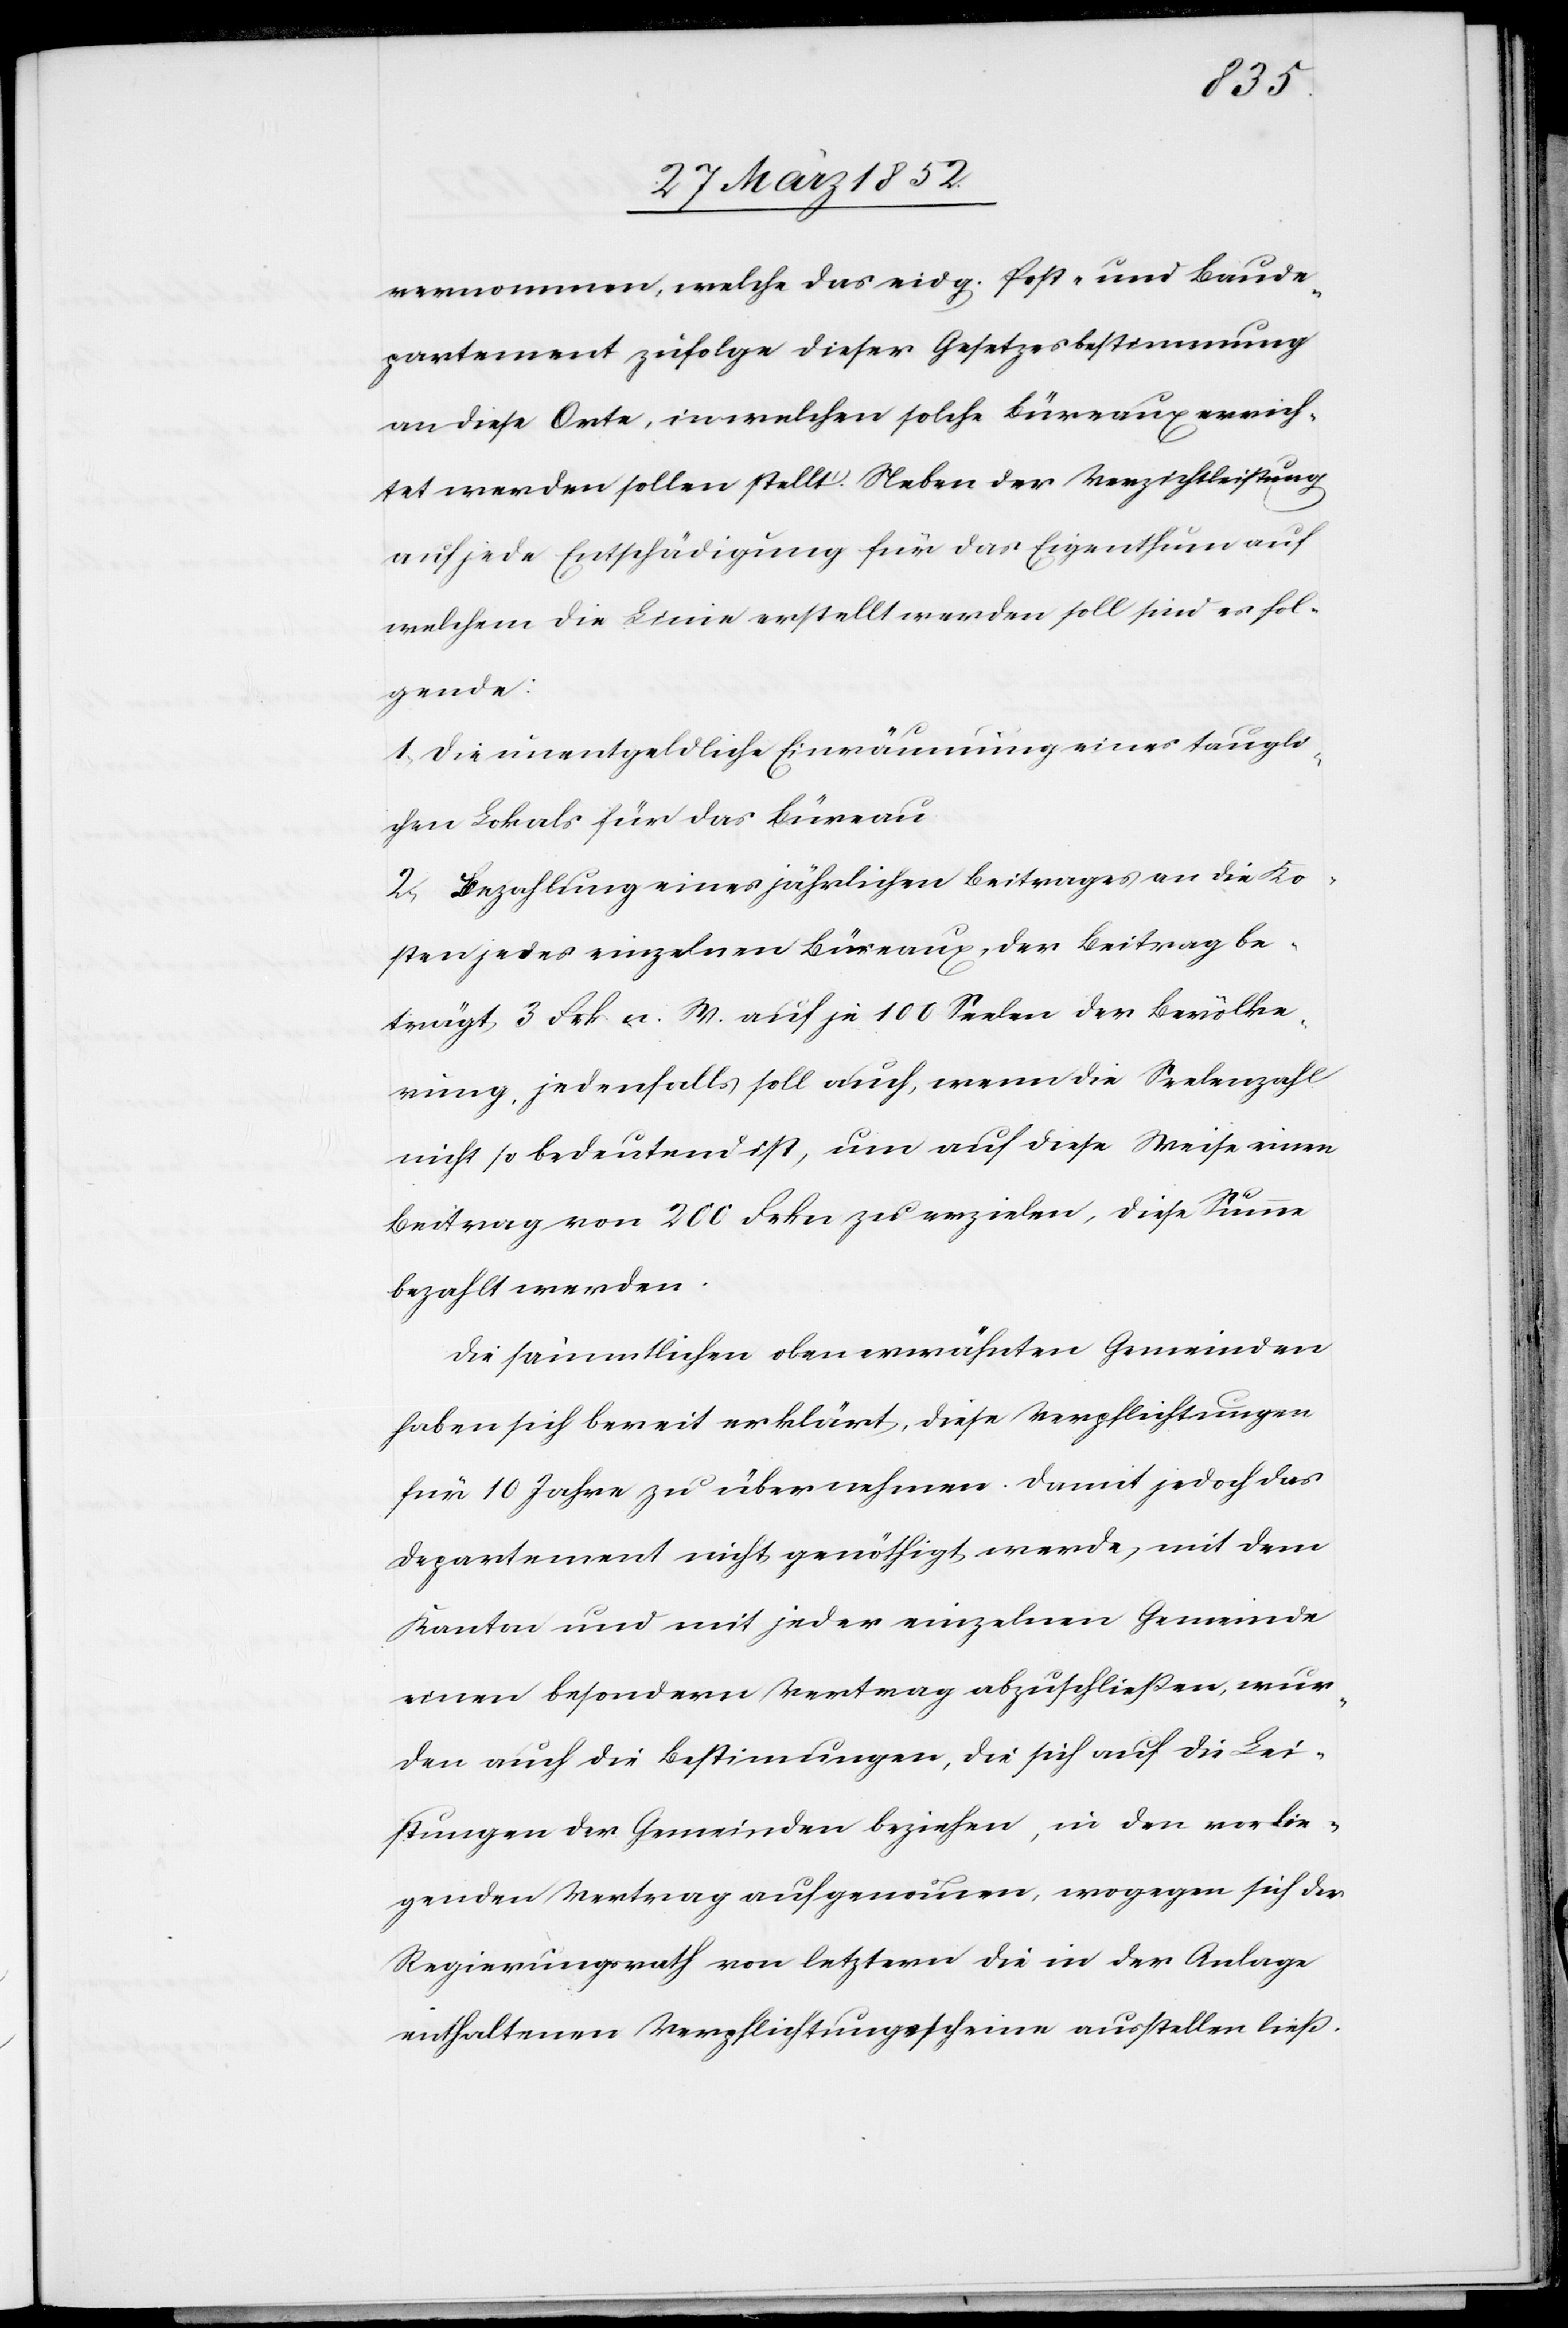
vernommen, welche das eidg. Post- und Baude¬
partement zufolge dieser Gesetzesbestimmung
an diese Orte in welchen solche Büreaux errich¬
tet werden sollen, stellt. Neben der Verzichtleistung
auf jede Entschädigung für das Eigenthum auf
welchem die Linie erstellt werden soll sind es fol¬
gende:
1) Die unentgeldliche Einräumung eines taugli¬
chen Lokals für das Büreau.
2) Bezahlung eines jährlichen Beitrages an die Ko¬
sten jedes einzelnen Büreaux, der Beitrag be¬
trägt 3 Frk. n. W. auf je 100 Seelen der Bevölke¬
rung, jedenfalls soll auch, wenn die Seelenzahl
nicht so bedeutend ist, um auf diese Weise einen
Beitrag von 200 Frkn zu erzielen, diese Summe
bezahlt werden.
Die sämmtlichen oben erwähnten Gemeinden
haben sich bereit erklärt, diese Verpflichtungen
für 10 Jahre zu übernehmen. Damit jedoch das
Departement nicht genöthigt werde, mit dem
Kanton und mit jeder einzelnen Gemeinde
einen besondern Vertrag abzuschließen, wur¬
den auch die Bestimmungen, die sich auf die Lei¬
stungen der Gemeinden beziehen, in den vorlie¬
genden Vertrag aufgenommen, wogegen sich der
Regierungsrath von letzterm die in der Anlage
enthaltenen Verpflichtungsscheine ausstellen ließ.